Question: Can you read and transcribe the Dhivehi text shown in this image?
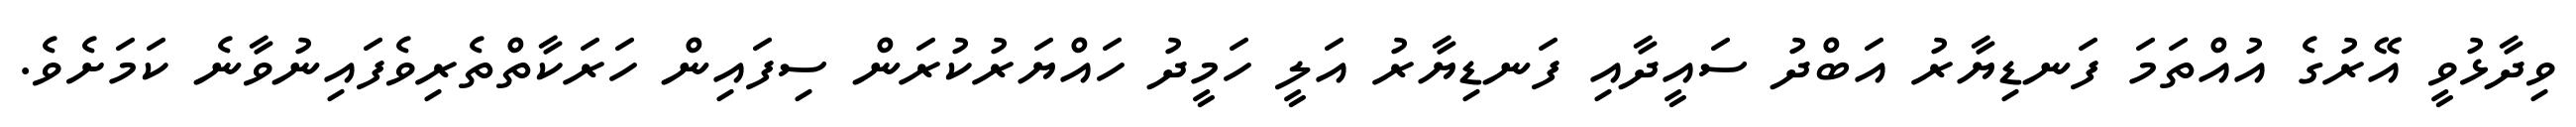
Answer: ވިދާޅުވީ އޭރުގެ އުއްތަމަ ފަނޑިޔާރު އަބްދު ސައީދާއި ފަނޑިޔާރު އަލީ ހަމީދު ހައްޔަރުކުރަން ސިފައިން ހަރަކާތްތެރިވެފައިނުވާނެ ކަމަށެވެ.